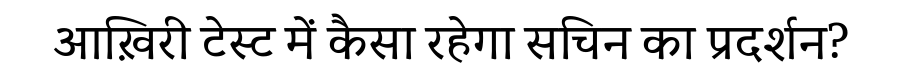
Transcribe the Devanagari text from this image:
आख़िरी टेस्ट में कैसा रहेगा सचिन का प्रदर्शन?